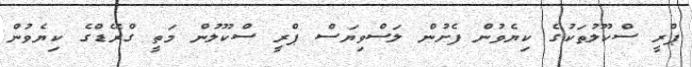
ޕްރީ ސްކޫލުތަކުގެ ކިޔެވުން ފެށުން ލަސްވިޔަސް ޕްރީ ސްކޫލުން މަތީ ގްރޭޑްގެ ކިޔެވުން